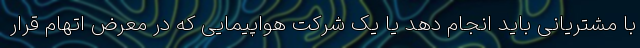
با مشتریانی باید انجام دهد یا یک شرکت هواپیمایی که در معرض اتهام قرار